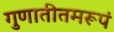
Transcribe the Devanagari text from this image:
गुणातीतमरूपं